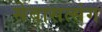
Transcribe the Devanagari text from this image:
सेवासत्संग